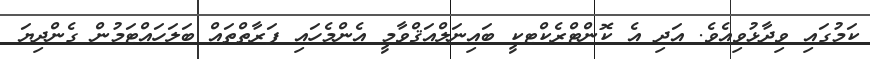
ކަމުގައި ވިދާޅުވިއެވެ. އަދި އެ ކޮންޓްރެކްޓކީ ބައިނަލްއަޤްވާމީ އެންމެހައި ފަރާތްތައް ބަލަހައްޓަމުން ގެންދިޔަ